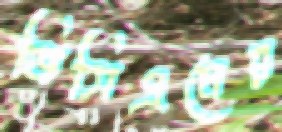
জিসিএমের